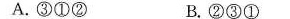
A.③①② B.②③①